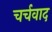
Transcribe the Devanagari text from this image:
चर्चवाद